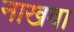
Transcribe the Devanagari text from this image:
नाखवा